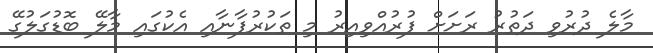
މާލެ ދުރުވި ދަތުރު ރަށަށް ފުރުއްވިއިރު މި ތަކުރުފާނާއި އެކުގައި މާލޭ ބޮޑުގަލުގޭ